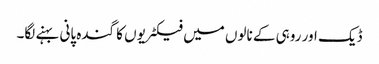
ڈیک اور روہی کے نالوں میں فیکٹریوں کا گندہ پانی بہنے لگا۔